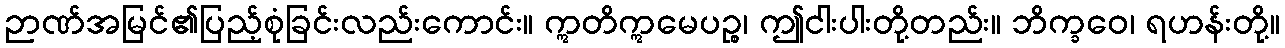
ဉာဏ်အမြင်၏ပြည့်စုံခြင်းလည်းကောင်း။ ဣတိဣမေပဉ္စ၊ ဤငါးပါးတို့တည်း။ ဘိက္ခဝေ၊ ရဟန်းတို့။